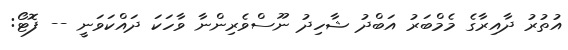
އުތުރު ދާއިރާގެ މެމްބަރު އަބްދު ޝާހިދު ނޫސްވެރިންނާ ވާހަކަ ދައްކަވަނީ -- ފޮޓޯ: